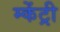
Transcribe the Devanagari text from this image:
म्केंट्री